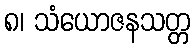
၈၊ သံယောဇနသတ္တ